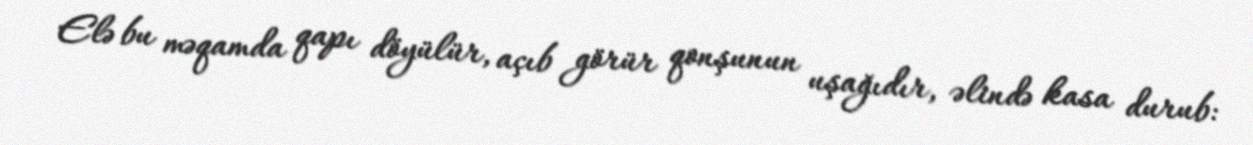
Elə bu məqamda qapı döyülür, açıb görür qonşunun uşağıdır, əlində kasa durub: